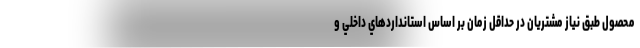
محصول طبق نياز مشتريان در حداقل زمان بر اساس استانداردهاي داخلي و